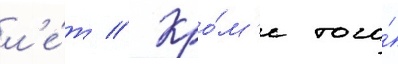
л'е́т // Кро́м'е того́